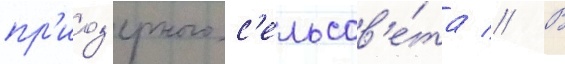
пр'иоз'ерного с'ельсов'е́та // В